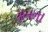
સમના